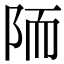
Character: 陑